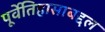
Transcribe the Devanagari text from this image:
पूर्वेतिहासाबद्दल